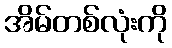
အိမ်တစ်လုံးကို